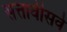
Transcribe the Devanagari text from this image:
सत्तावीसवे